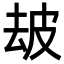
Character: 𤿜